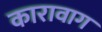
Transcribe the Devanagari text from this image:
कारावाग